Lunatic asylums United Provinces 1909-1921 - 1909-1921
Year: 1909
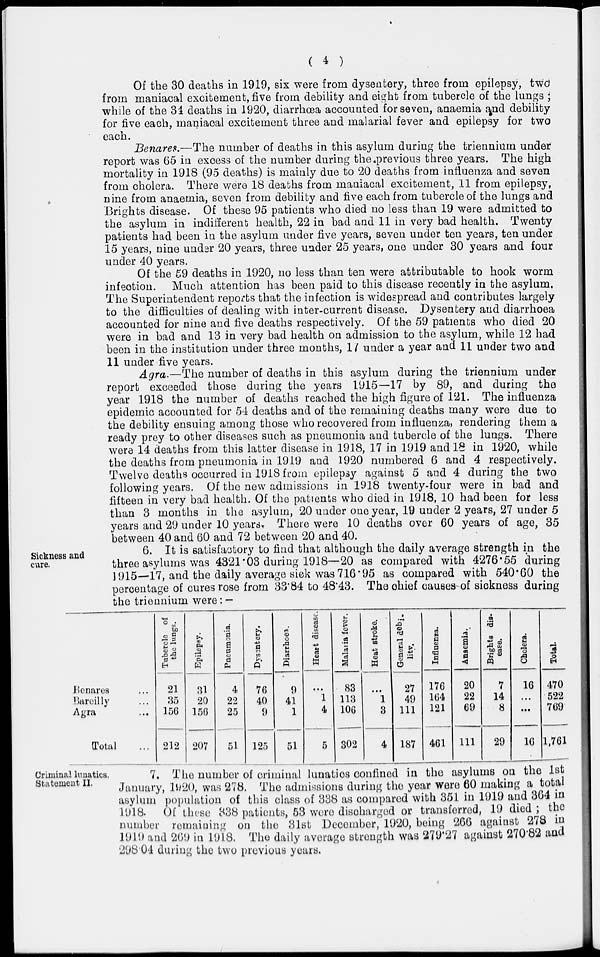
( 4 )
Of the 30 deaths in 1919, six were from dysentery, three from epilepsy, two
from maniacal excitement, five from debility and eight from tubercle of the lungs ;
while of the 34 deaths in 1920, diarrhœa accounted for seven, anaemia and debility
for five each, maniacal excitement three and malarial fever and epilepsy for two
each.
Benares.—The number of deaths in this asylum during the triennium under
report was 65 in excess of the number during the previous three years. The high
mortality in 1918 (95 deaths) is mainly due to 20 deaths from influenza and seven
from cholera. There were 18 deaths from maniacal excitement, 11 from epilepsy,
nine from anaemia, seven from debility and five each from tubercle of the lungs and
Brights disease. Of these 95 patients who died no less than 19 were admitted to
the asylum in indifferent health, 22 in bad and 11 in very bad health. Twenty
patients had been in the asylum under five years, seven under ten years, ten under
15 years, nine under 20 years, three under 25 years, one under 30 years and four
under 40 years.
Of the 59 deaths in 1920, no less than ten were attributable to hook worm
infection. Much attention has been paid to this disease recently in the asylum.
The Superintendent reports that the infection is widespread and contributes largely
to the difficulties of dealing with inter-current disease. Dysentery and diarrhoea
accounted for nine and five deaths respectively. Of the 59 patients who died 20
were in bad and 13 in very bad health on admission to the asylum, while 12 had
been in the institution under three months, 17 under a year and 11 under two and
11 under five years.
Agra.—The number of deaths in this asylum during the triennium under
report exceeded those during the years 1915—17 by 89, and during the
year 1918 the number of deaths reached the high figure of 121. The influenza
epidemic accounted for 54 deaths and of the remaining deaths many were due to
the debility ensuing among those who recovered from influenza, rendering them a
ready prey to other diseases such as pneumonia and tubercle of the lungs. There
were 14 deaths from this latter disease in 1918, 17 in 1919 and 18 in 1920, while
the deaths from pneumonia in 1919 and 1920 numbered 6 and 4 respectively.
Twelve deaths occurred in 1918 from epilepsy against 5 and 4 during the two
following years. Of the new admissions in 1918 twenty-four were in bad and
fifteen in very bad health. Of the patients who died in 1918, 10 had been for less
than 3 months in the asylum, 20 under one year, 19 under 2 years, 27 under 5
years and 29 under 10 years. There were 10 deaths over 60 years of age, 35
between 40 and 60 and 72 between 20 and 40.
Sickness and
cure.
6. It is satisfactory to find that although the daily average strength in the
three asylums was 4321.03 during 1918—20 as compared with 4276.55 during
1915—17, and the daily average sick was 716.95 as compared with 540.60 the
percentage of cures rose from 33.84 to 48.43. The chief causes of sickness during
the triennium were: —
Benares ...
Bareilly ...
Agra ...
Total ...
Tubercle of
the lungs.
21
35
156
212
Epilepsy.
31
20
156
207
Pneumonia.
4
22
25
51
Dysentery.
76
40
9
125
Diarrhoea.
9
41
1
51
Heart disease.
...
1
4
5
Malaria fever.
83
113
106
302
Heat stroke.
...
1
3
4
General debi¬
litv.
27
49
111
187
Influenza.
176
164
121
461
Anaemia.
20
22
69
111
Brights dis-
ease.
7
14
8
29
Cholera.
16
...
...
16
Total.
470
522
769
1,761
Criminal lunatics.
Statement II.
7. The number of criminal lunatics confined in the asylums on the 1st
January, 1920, was 278. The admissions during the year were 60 making a total
asylum population of this class of 338 as compared with 351 in 1919 and 364 in
1918.
Of these 338 patients, 53 were discharged or transferred, 19 died; the
number remaining on the 31st December, 1920, being 266 against 278 in
1919 and 269 in 1918. The daily average strength was 279.27 against 270.82 and
298.04 during the two previous years.